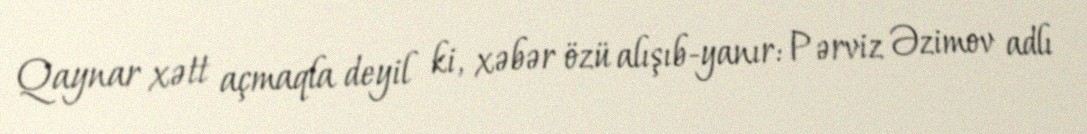
Qaynar xətt açmaqla deyil ki, xəbər özü alışıb-yanır: Pərviz Əzimov adlı